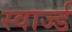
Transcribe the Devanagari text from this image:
स्वार्ज्ड